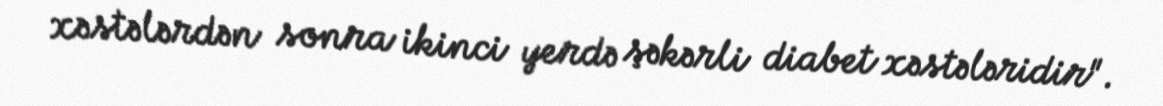
xəstələrdən sonra ikinci yerdə şəkərli diabet xəstələridir".